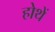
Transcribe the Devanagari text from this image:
होथें